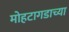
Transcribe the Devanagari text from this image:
मोहटागडाच्या